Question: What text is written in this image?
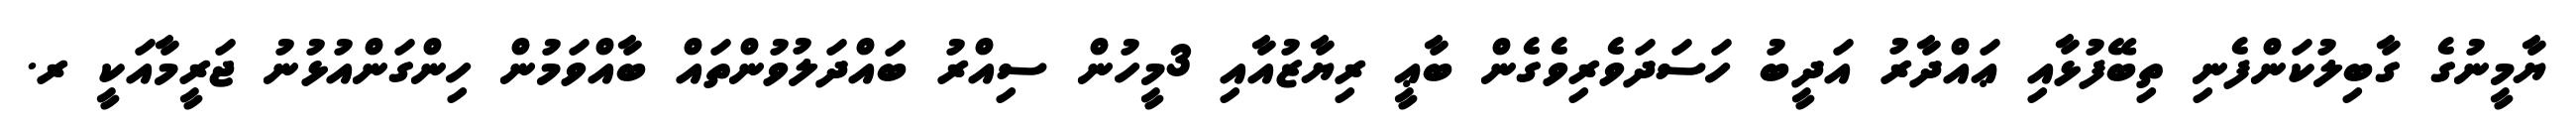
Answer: ޔާމީނުގެ ގާބިލުކަންފެނި ތިބޭފުޅާއި ޢައްދާރު އަދީބު ހަސަދަވެރިވެގެން ބާޢީ ރިޔާޒުއާއި 3މީހުން ސިއްރު ބައްދަލުވުންތައް ބާއްވަމުން ހިންގަންއުޅުނު ޖަރީމާއަކީ ރ.